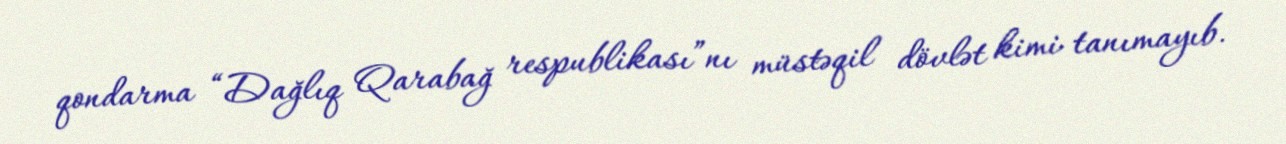
qondarma “Dağlıq Qarabağ respublikası”nı müstəqil dövlət kimi tanımayıb.